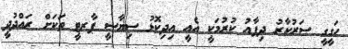
ހަގީގީ ސަރުކާރު ދިފާއު ކުރުމަކީ އެއީ އިދިކޮޅު ސިޔާސީ ޕާރޓީ ތަކަށް ރައްދުދީ